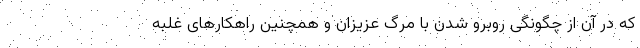
که در آن از چگونگی روبرو شدن با مرگ عزیزان و همچنین راهکارهای غلبه